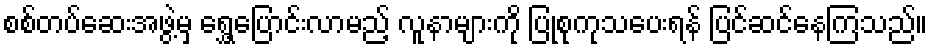
စစ်တပ်ဆေးအဖွဲ့မှ ရွှေ့ပြောင်းလာမည့် လူနာများကို ပြုစုကုသပေးရန် ပြင်ဆင်နေကြသည်။